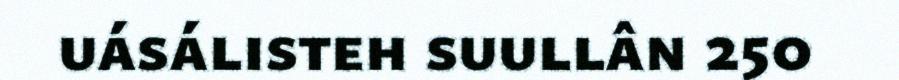
uásálisteh suullân 250